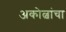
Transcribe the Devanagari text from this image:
अकोल्वांचा